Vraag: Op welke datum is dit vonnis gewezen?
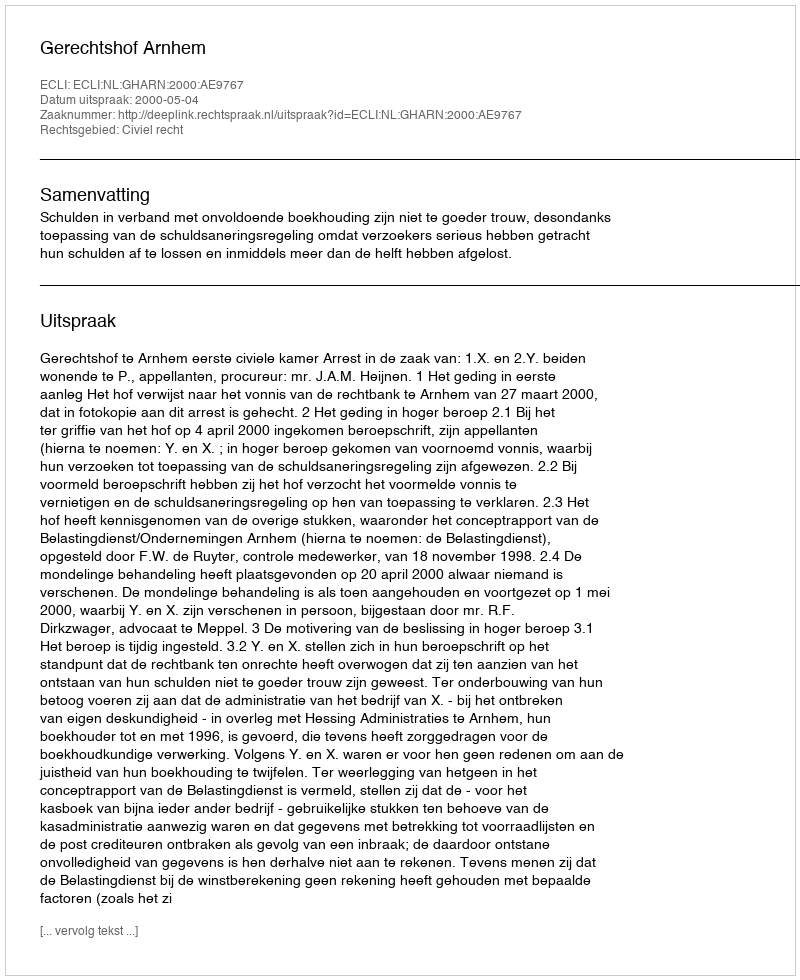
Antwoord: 2000-05-04